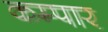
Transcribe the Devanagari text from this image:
कम्पार